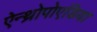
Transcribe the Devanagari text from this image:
ऐन्थ्रोपोएडिया